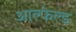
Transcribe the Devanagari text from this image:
आल्फेल्ड